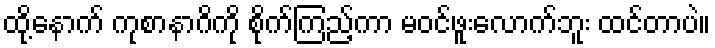
ထို့နောက် ကုစာနာဂိကို စိုက်ကြည့်ကာ မဝင်ဖူးလောက်ဘူး ထင်တာပဲ။